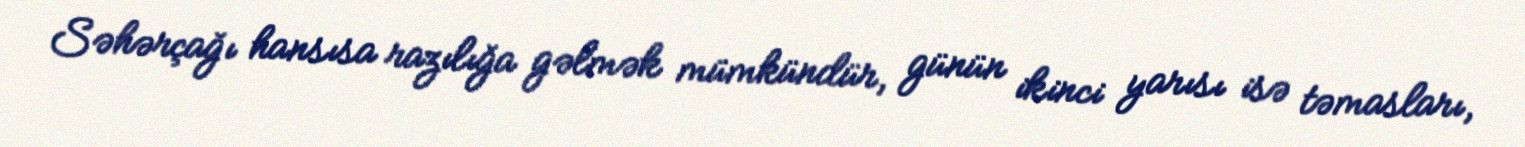
Səhərçağı hansısa razılığa gəlmək mümkündür, günün ikinci yarısı isə təmasları,